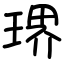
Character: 琾